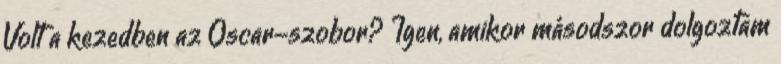
Volt a kezedben az Oscar-szobor? Igen, amikor másodszor dolgoztam